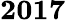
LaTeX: \mathbf{2017}